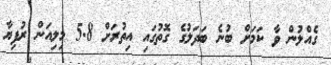
ގެއްލުން ވާ ކަމަށް ބުނެ ބަދަލުގެ ގޮތުގައި އިތުރަށް 5.8 މިލިއަން ރުފިޔާ